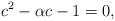
LaTeX: \begin{align*} c^{2}- \alpha c-1=0,\end{align*}